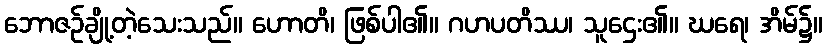
ဘောဇဉ်ချို့တဲ့သေးသည်။ ဟောတိ၊ ဖြစ်ပါ၏။ ဂဟပတိဿ၊ သူဌေး၏။ ဃရေ၊ အိမ်၌။